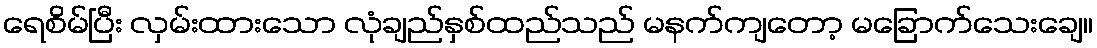
ရေစိမ်ပြီး လှမ်းထားသော လုံချည်နှစ်ထည်သည် မနက်ကျတော့ မခြောက်သေးချေ။